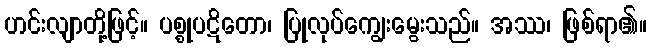
ဟင်းလျာတို့ဖြင့်။ ပစ္စုပဋိတော၊ ပြုလုပ်ကျွေးမွေးသည်။ အဿ၊ ဖြစ်ရာ၏။